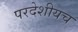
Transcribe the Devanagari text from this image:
परदेशीयच